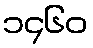
၁၄၆၀